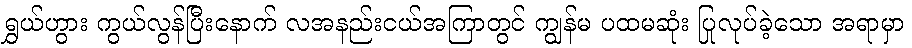
ရွှယ်ဟွား ကွယ်လွန်ပြီးနောက် လအနည်းငယ်အကြာတွင် ကျွန်မ ပထမဆုံး ပြုလုပ်ခဲ့သော အရာမှာ